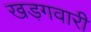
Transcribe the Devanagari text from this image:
खड़गवारी